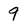
Character: 9